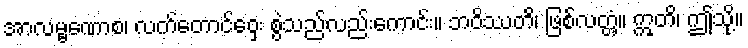
အာလမ္ဗဏောစ၊ လက်တောင်ဝှေး စွဲသည်လည်းကောင်း။ ဘဝိဿတိ၊ ဖြစ်လတ္တံ့။ ဣတိ၊ ဤသို့။